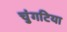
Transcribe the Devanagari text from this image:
चुंगटिया